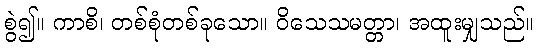
စွဲ၍။ ကာစိ၊ တစ်စုံတစ်ခုသော။ ဝိသေသမတ္တာ၊ အထူးမျှသည်။